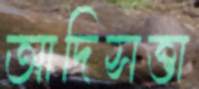
আদিসত্তা